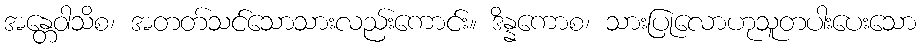
အန္တေဝါသိစ၊ အတတ်သင်သောသားလည်းကောင်း။ ဒိန္နကောစ၊ သားပြုလောဟုသူတပါးပေးသော